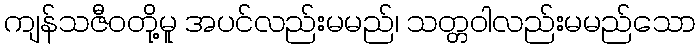
ကျန်သဇီဝတို့မူ အပင်လည်းမမည်၊ သတ္တဝါလည်းမမည်သော